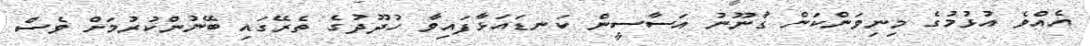
އެއްވެ އުޅުމުގެ މިނިވަންކަން ގާނޫނު އަސާސީން ކަނޑައަޅާފައިވާ ހުދޫދުގެ ތެރޭގައި ބޭނުންކުރުމަށް ވެސް